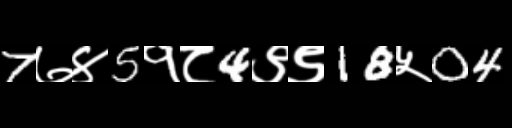
Text: 7७४5१८4९९18५04